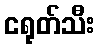
ငရုတ်သီး